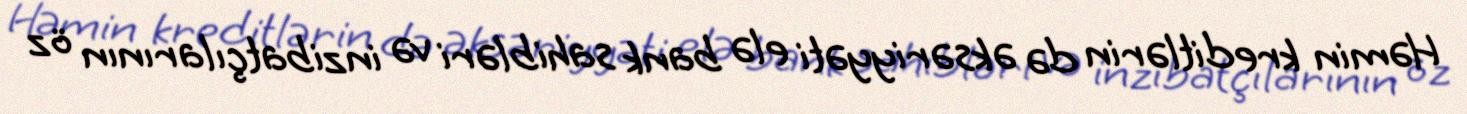
Həmin kreditlərin də əksəriyyəti elə bank sahibləri və inzibatçılarının öz